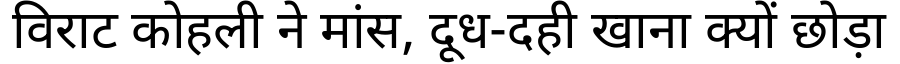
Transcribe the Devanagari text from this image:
विराट कोहली ने मांस, दूध-दही खाना क्यों छोड़ा